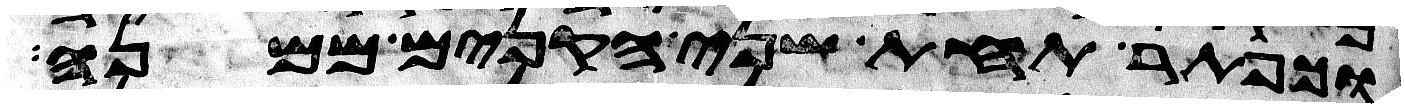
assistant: וכפתר תחת שני הקנים ממנה